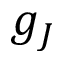
g _ { J }